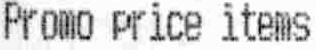
PROMO PRICE ITEMS